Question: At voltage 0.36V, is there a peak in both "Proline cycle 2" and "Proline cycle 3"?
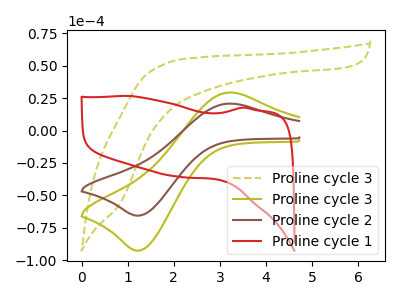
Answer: <think>The olive dashed curve "Proline cycle 3" has no peaks. The olive curve "Proline cycle 3" has an anodic peak at (3.20V, 29.35uA) and a cathodic peak at (1.25V, -92.65uA). The brown curve "Proline cycle 2" has an anodic peak at (3.20V, 20.80uA) and a cathodic peak at (1.25V, -65.60uA). The red curve "Proline cycle 1" has no peaks.</think>
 <answer>No, "Proline cycle 2" and "Proline cycle 3" dont share a peak at 0.36V.</answer>
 <eval>mismatch</eval>